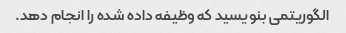
الگوریتمی بنویسید که وظیفه داده شده را انجام دهد.